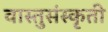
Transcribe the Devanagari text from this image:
वास्तुसंस्कृती